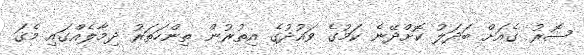
ސޮރު ގެއަށް ބަދަލު ކޮށްދޭނެ ކަމުގެ ވައުދުގެ އިތުރުން ތިންހަތަރު ދިމާލެއްގައި މެގަ